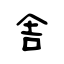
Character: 舎